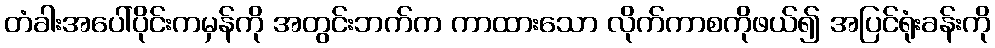
တံခါးအပေါ်ပိုင်းကမှန်ကို အတွင်းဘက်က ကာထားသော လိုက်ကာစကိုဖယ်၍ အပြင်ရုံးခန်းကို